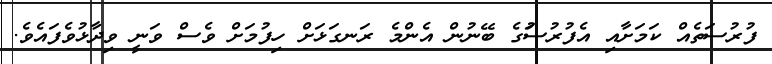
ފުރުސަތެއް ކަމަށާއި އެފުރުސަުގެ ބޭނުން އެންމެ ރަނގަޅަށް ހިފުމަށް ވެސް ވަނީ ވިދާޅުވެފައެވެ.